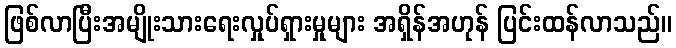
ဖြစ်လာပြီးအမျိုးသားရေးလှုပ်ရှားမှုများ အရှိန်အဟုန် ပြင်းထန်လာသည်။